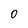
Character: 0